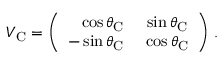
V _ { \mathrm { C } } = \left( \begin{array} { r c } { { \cos \theta _ { \mathrm { C } } } } & { { ~ \sin \theta _ { \mathrm { C } } } } \\ { { - \sin \theta _ { \mathrm { C } } } } & { { ~ \cos \theta _ { \mathrm { C } } } } \end{array} \right) \, .